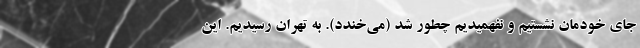
جای خودمان نشستیم و نفهمیدیم چطور شد (می‌خندد). به تهران رسیدیم. این